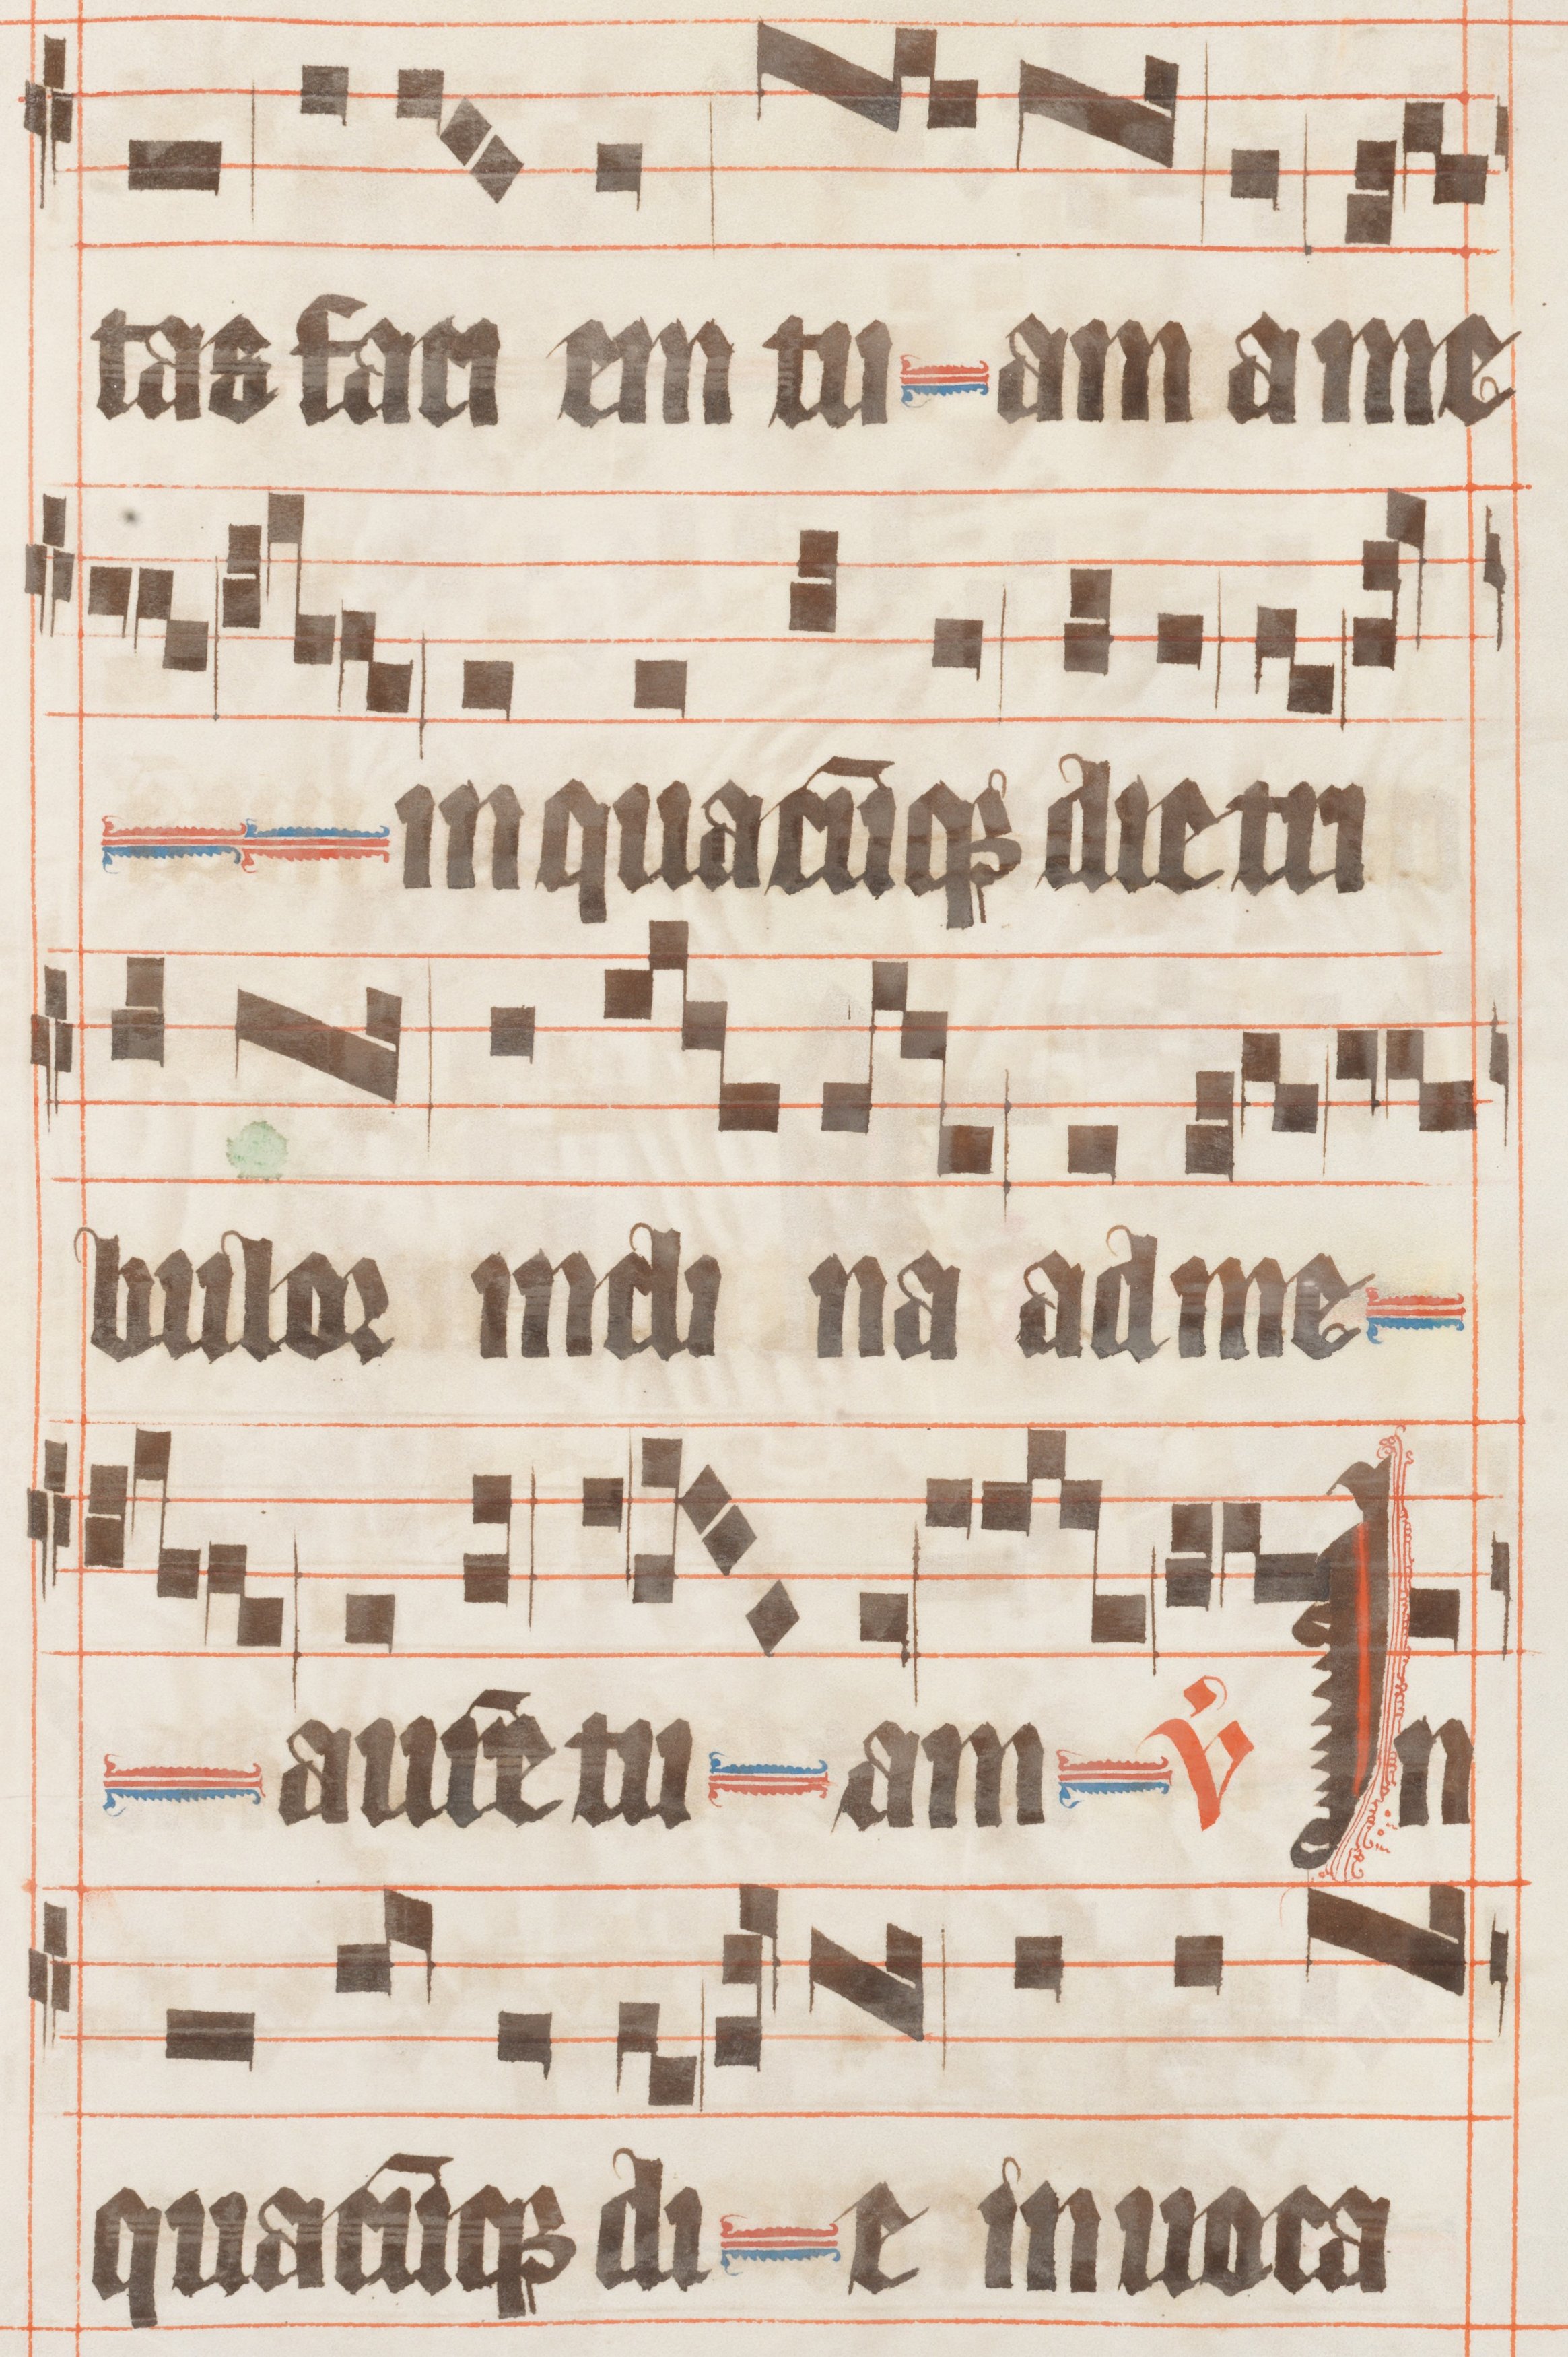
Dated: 1330–1335